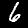
Label: 6